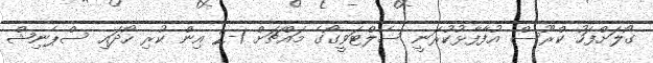
ގޯލަށްފަހު ކްރޫސް އުފާފާޅުކުރަނީ ސެލްޓަވީގޯގެ މައްޗަށް 1-2 އިން ކުރި ހޯދައި ސްޕެނިޝް